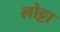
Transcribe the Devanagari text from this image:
लोट्टा